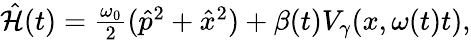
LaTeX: \begin{array}{r}{\hat{\mathcal{H}}(t)=\frac{\omega_{0}}{2}(\hat{p}^{2}+\hat{x}^{2})+\beta(t)V_{\gamma}(x,\omega(t)t),}\end{array}